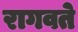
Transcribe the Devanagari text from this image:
रागवते